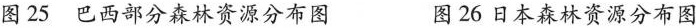
图25巴西部分森林资源分布图 图26日本森林资源分布图